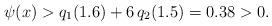
LaTeX: \begin{align*}\psi(x)> q_1(1.6) +6 \, q_2(1.5) = 0.38>0.\end{align*}